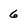
Character: G